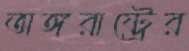
অঙ্গরাষ্ট্রের